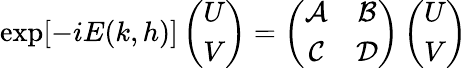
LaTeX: \exp[-iE(k,h)]\left(\begin{array}{c}{U}\\ {V}\end{array}\right)=\left(\begin{array}{cc}{\mathcal{A}}&{\mathcal{B}}\\ {\mathcal{C}}&{\mathcal{D}}\end{array}\right)\left(\begin{array}{c}{U}\\ {V}\end{array}\right)